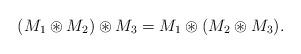
LaTeX: \begin{align*} (M_1 \circledast M_2) \circledast M_3 = M_1 \circledast (M_2 \circledast M_3).\end{align*}